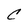
Character: C